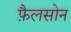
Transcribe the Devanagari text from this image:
फ़ैलसोन